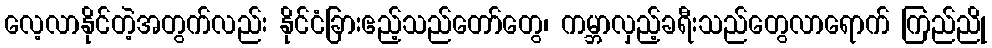
လေ့လာနိုင်တဲ့အတွက်လည်း နိုင်ငံခြားဧည့်သည်တော်တွေ၊ ကမ္ဘာလှည့်ခရီးသည်တွေလာရောက် ကြည်ညို